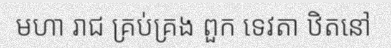
មហា រាជ គ្រប់គ្រង ពួក ទេវតា ឋិតនៅ